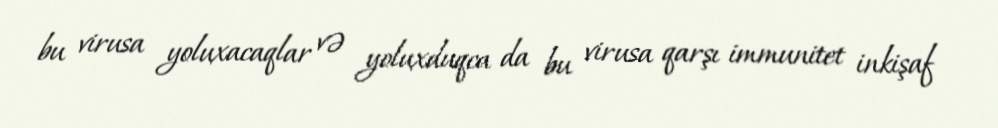
bu virusa yoluxacaqlar və yoluxduqca da bu virusa qarşı immunitet inkişaf